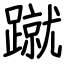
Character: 蹴